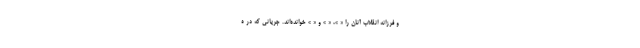
و فرزانه انقلاب آنان را « »، « » و « » خوانده‌اند. جریانی که در ه